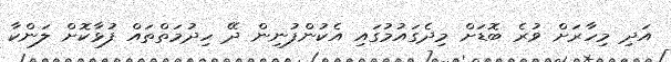
އަދި މިހާރަށް ވުރެ ބޮޑަށް މިދެގައުމުގައި އެކުންފުނިން ދޭ ހިދުމަތްތައް ފުޅާކޮށް ލަންކާ